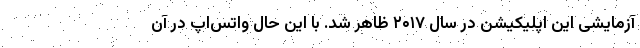
آزمایشی این اپلیکیشن در سال ۲۰۱۷ ظاهر شد. با این حال واتس‌اپ در آن